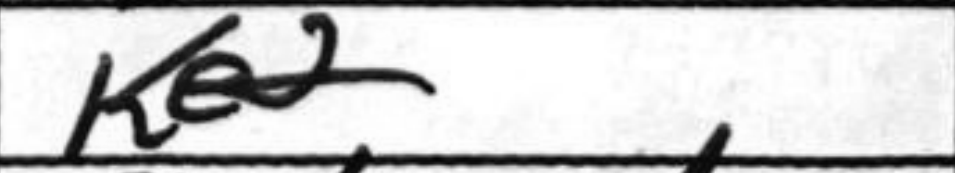
Transcription: Ke2